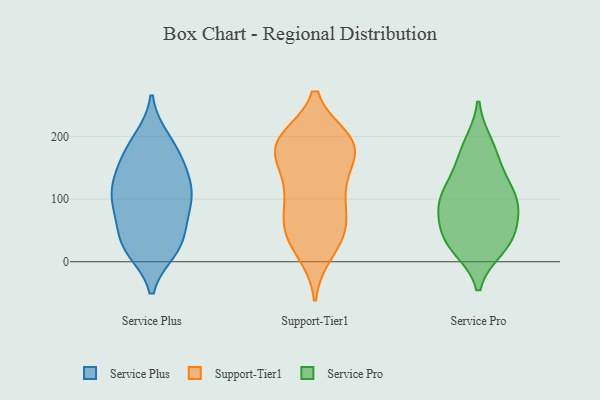
{"axis": {"x": "Backlog", "y": "Value"}, "legend": ["Service Plus", "Service Pro", "Support-Tier1"], "data": [{"x": "", "y": 25, "type": "Service Plus"}, {"x": "", "y": 115, "type": "Service Plus"}, {"x": "", "y": 19, "type": "Service Plus"}, {"x": "", "y": 89, "type": "Service Plus"}, {"x": "", "y": 100, "type": "Service Plus"}, {"x": "", "y": 125, "type": "Service Plus"}, {"x": "", "y": 162, "type": "Service Plus"}, {"x": "", "y": 24, "type": "Service Plus"}, {"x": "", "y": 190, "type": "Service Plus"}, {"x": "", "y": 139, "type": "Service Plus"}, {"x": "", "y": 139, "type": "Service Plus"}, {"x": "", "y": 86, "type": "Service Plus"}, {"x": "", "y": 44, "type": "Service Plus"}, {"x": "", "y": 99, "type": "Service Plus"}, {"x": "", "y": 24, "type": "Service Plus"}, {"x": "", "y": 196, "type": "Service Plus"}, {"x": "", "y": 67, "type": "Service Plus"}, {"x": "", "y": 172, "type": "Service Plus"}, {"x": "", "y": 101, "type": "Support-Tier1"}, {"x": "", "y": 195, "type": "Support-Tier1"}, {"x": "", "y": 74, "type": "Support-Tier1"}, {"x": "", "y": 172, "type": "Support-Tier1"}, {"x": "", "y": 185, "type": "Support-Tier1"}, {"x": "", "y": 47, "type": "Support-Tier1"}, {"x": "", "y": 183, "type": "Support-Tier1"}, {"x": "", "y": 110, "type": "Support-Tier1"}, {"x": "", "y": 186, "type": "Support-Tier1"}, {"x": "", "y": 50, "type": "Support-Tier1"}, {"x": "", "y": 20, "type": "Support-Tier1"}, {"x": "", "y": 56, "type": "Support-Tier1"}, {"x": "", "y": 146, "type": "Support-Tier1"}, {"x": "", "y": 193, "type": "Support-Tier1"}, {"x": "", "y": 59, "type": "Support-Tier1"}, {"x": "", "y": 196, "type": "Support-Tier1"}, {"x": "", "y": 194, "type": "Support-Tier1"}, {"x": "", "y": 14, "type": "Support-Tier1"}, {"x": "", "y": 144, "type": "Support-Tier1"}, {"x": "", "y": 114, "type": "Support-Tier1"}, {"x": "", "y": 24, "type": "Service Pro"}, {"x": "", "y": 171, "type": "Service Pro"}, {"x": "", "y": 36, "type": "Service Pro"}, {"x": "", "y": 91, "type": "Service Pro"}, {"x": "", "y": 103, "type": "Service Pro"}, {"x": "", "y": 33, "type": "Service Pro"}, {"x": "", "y": 138, "type": "Service Pro"}, {"x": "", "y": 105, "type": "Service Pro"}, {"x": "", "y": 38, "type": "Service Pro"}, {"x": "", "y": 186, "type": "Service Pro"}, {"x": "", "y": 97, "type": "Service Pro"}, {"x": "", "y": 72, "type": "Service Pro"}]}